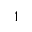
\boldsymbol { 1 }